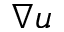
\nabla u